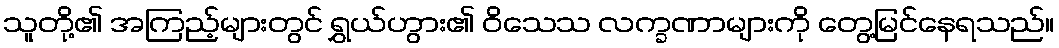
သူတို့၏ အကြည့်များတွင် ရွှယ်ဟွား၏ ဝိသေသ လက္ခဏာများကို တွေ့မြင်နေရသည်။